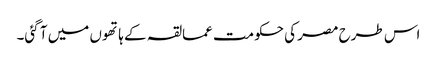
اس طرح مصر کی حکومت عمالقہ کے ہاتھوں میں آ گئی۔